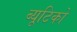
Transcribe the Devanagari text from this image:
ब्यूटिको